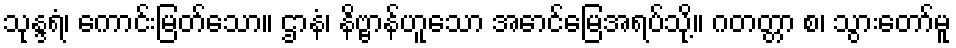
သုန္ဒရံ၊ ကောင်းမြတ်သော။ ဌာနံ၊ နိဗ္ဗာန်ဟူသော အောင်မြေအရပ်သို့။ ဂတတ္တာ စ၊ သွားတော်မူ